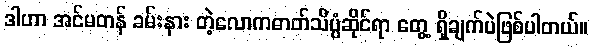
ဒါဟာ အင်မတန် ခမ်းနား တဲ့လောကဓာတ်သိပ္ပံဆိုင်ရာ တွေ့ ရှိချက်ပဲဖြစ်ပါတယ်။